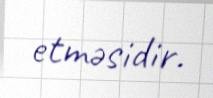
etməsidir.